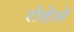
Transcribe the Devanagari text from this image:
रोहेले